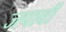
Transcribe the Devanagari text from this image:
जपावी